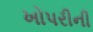
ખોપરીની